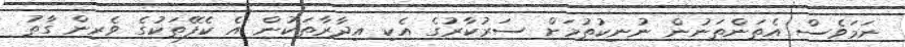
ނަމަވެސް އެތަންތަނުން ނުނިކުތުމަށް ސަރުކާރުގެ އެކި އިދާރާތަކުން އެ ކެފޭތަކުގެ ވެރިން ގާތު